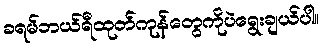
ခရမ်ဘယ်ရီထုတ်ကုန်တွေကိုပဲရွေးချယ်ပါ။